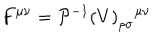
F ^ { \mu \nu } = { { \cal P } ^ { - 1 } ( V ) } _ { \rho \sigma } { } ^ { \mu \nu }